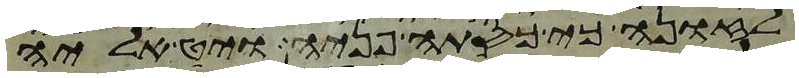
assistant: לזונה כי כסתה פניה ויט אליה